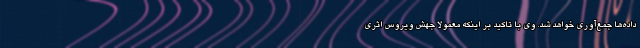
داده‌ها جمع‌آوری خواهد شد. وی با تاکید بر اینکه معمولا جهش ویروس اثری